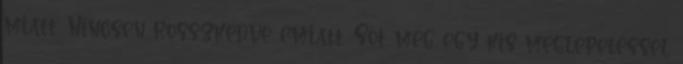
miatt. Nincsen rosszkedve emiatt. Sőt még egy kis meglepetéssel